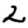
Digit: 2